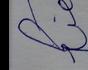
Signature authenticity: forged